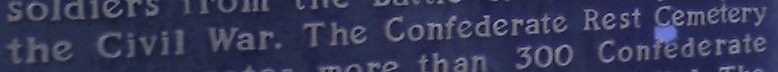
the Civil War. The Confederate Rest Cemetery